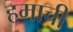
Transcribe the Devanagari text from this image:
हमाची